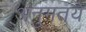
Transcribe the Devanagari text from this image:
अनुमतये